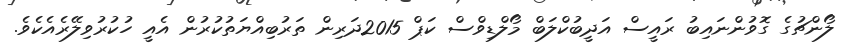
ލޯންޗުގެ ގޮވުންނައިބު ރައީސް އަދީބުކްލަބް މޯލްޑިވްސް ކަޕް 2015ދަރިން ތަރުބިއްޔަތުކުރުން އެއީ ހުކުރުވިލޭރެއެކެވެ.